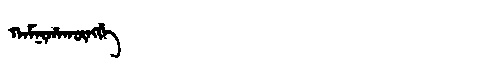
Manchu: ᡴᠠᠮᠨᡳᡥᠠᡴᡡᠩᡤᡝ
Romanization: KAMNIHAKŪNGGE